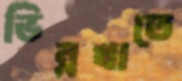
ভিন্নখাতে